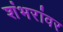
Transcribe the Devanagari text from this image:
शंभरांवर